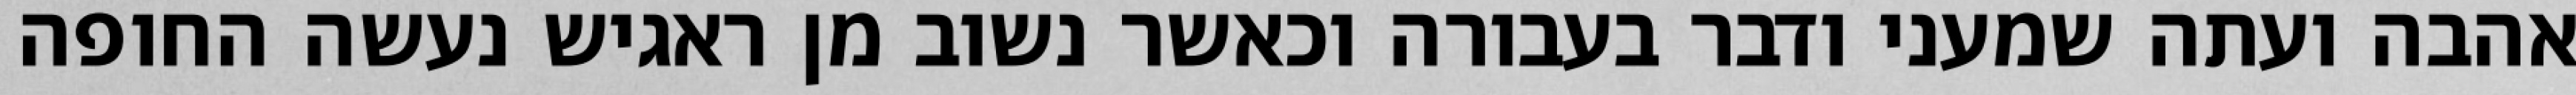
אהבה ועתה שמעני ודבר בעבורה וכאשר נשוב מן ראגיש נעשה החופה